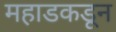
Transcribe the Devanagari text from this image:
महाडकडून